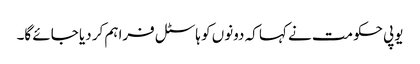
یوپی حکومت نے کہا کہ دونوں کو ہاسٹل فراہم کر دیا جائے گا۔